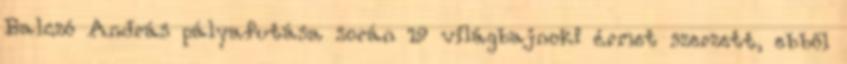
Balczó András pályafutása során 19 világbajnoki érmet szerzett, ebből